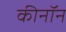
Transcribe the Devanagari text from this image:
कीनॉन